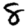
Digit: 8